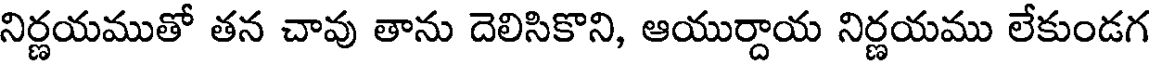
నిర్ణయముతో తన చావు తాను దెలిసికొని, ఆయుర్దాయ నిర్ణయము లేకుండగ